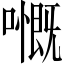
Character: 𡁙